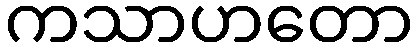
ကသာဟတော